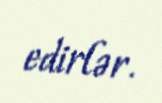
edirlər.